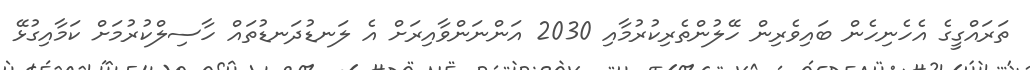
ތަރައްގީގެ އެހެެނިހެން ބައިވެރިން ހޭލުންތެރިކުރުމާއި 2030 އަންނަންވާއިރަށް އެ ލަނޑުދަނޑުތައް ހާސިލްކުރުމަށް ކަމާއިގުޅޭ